Annual report of the Imperial Bacteriological Laboratory, Muktesar
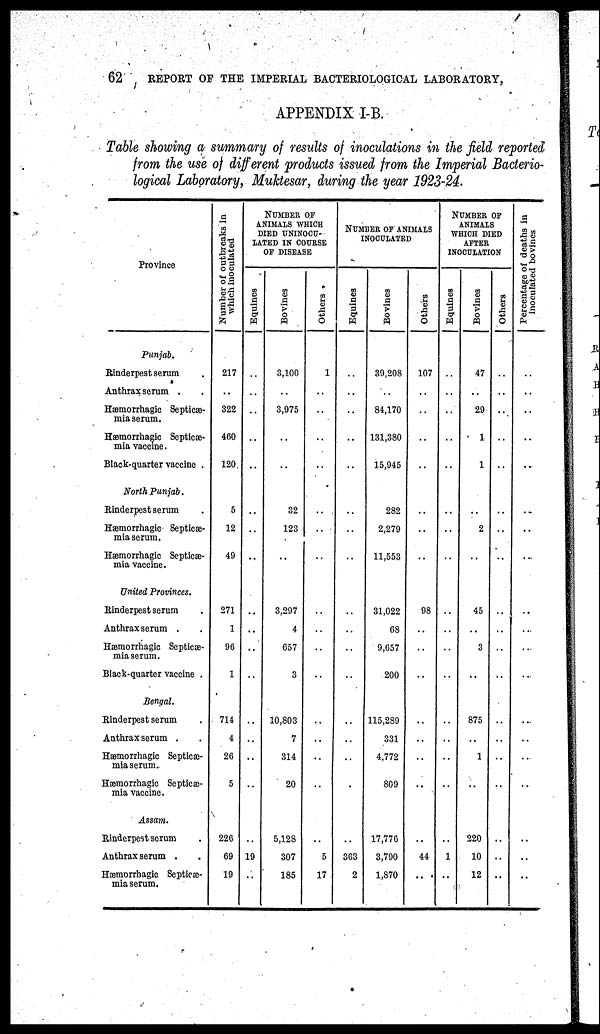
62
REPORT OF THE IMPERIAL BACTERIOLOGICAL LABORATORY,
APPENDIX I-B.
Table showing a summary of results of inoculations in the field reported
from the use of different products issued from the Imperial Bacterio-
logical Laboratory, Muktesar, during the year 1923-24.
Province
Punjab.
Rinderpest serum .
Anthrax serum . .
Hæmorrhagic Septicæ-
mia serum.
Hæmorrhage Septicæ-
mia vaccine.
Black-quarter vaccine .
North Punjab.
Rinderpest serum .
Hæmorrhagic Septicæ-
mia serum.
Hæmorrhagic Septicæ-
mia vaccine.
United Provinces.
Rinderpest serum .
Anthrax serum . .
Hæmorrhagic Septicæ-
mia serum.
Black-quarter vaccine .
Bengal.
Rinderpest serum .
Anthrax serum .
Hæmorrhagic Septicæ-
mia serum.
Hæmorrhagic Septicæ-
mia vaccine.
Assam.
Rinderpest serum .
Anthrax serum . .
Hæmorrhagic Septicæ-
mia serum.
Number of outbreaks in
which inoculated
217
322
460
120
5
12
49
271
1
96
1
714
4
26
5
226
69
19
NUMBER OF
ANIMALS WHICH
DIED UNINOCU-
LATED IN COURSE
OF DISEASE
Equines
..
..
..
..
..
..
..
..
..
..
..
..
..
..
..
..
19
..
Bovines
3,100
3,975
...
..
32
123
..
3,297
4
657
3
10,803
7
314
20
5,128
307
185
Others
1
..
..
..
..
..
..
..
..
..
..
..
..
..
..
..
5
17
NUMBER OF ANIMALS
INOCULATED
Equines
..
..
..
..
..
..
..
..
..
..
..
..
..
..
..
..
363
2
Bovines
39,208
84,170
131,380
15,945
282
2,279
11,553
31,022
68
9,657
200
115,289
331
4,772
809
17,776
3,790
1,870
Others
107
..
..
..
..
..
..
98
..
..
..
..
..
..
..
..
44
..
NUMBER OF
ANIMALS
WHICH DIED
AFTER
INOCULATION
Equines
..
..
..
..
..
..
..
..
..
..
..
..
..
..
..
1
..
Bovines
47
..
29
1
1
..
2
..
45
..
3
..
875
..
1
..
220
10
12
Others
..
..
..
..
..
..
..
..
..
..
..
..
..
..
..
..
..
..
..
Percentage of deaths in
inoculated bovines
..
..
..
..
..
..
..
..
..
..
..
..
..
..
..
..
..
..
..